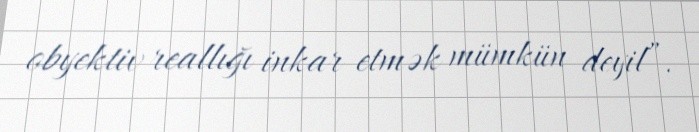
obyektiv reallığı inkar etmək mümkün deyil”.